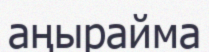
аңырайма